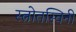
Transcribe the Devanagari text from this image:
स्त्रोतस्विनी